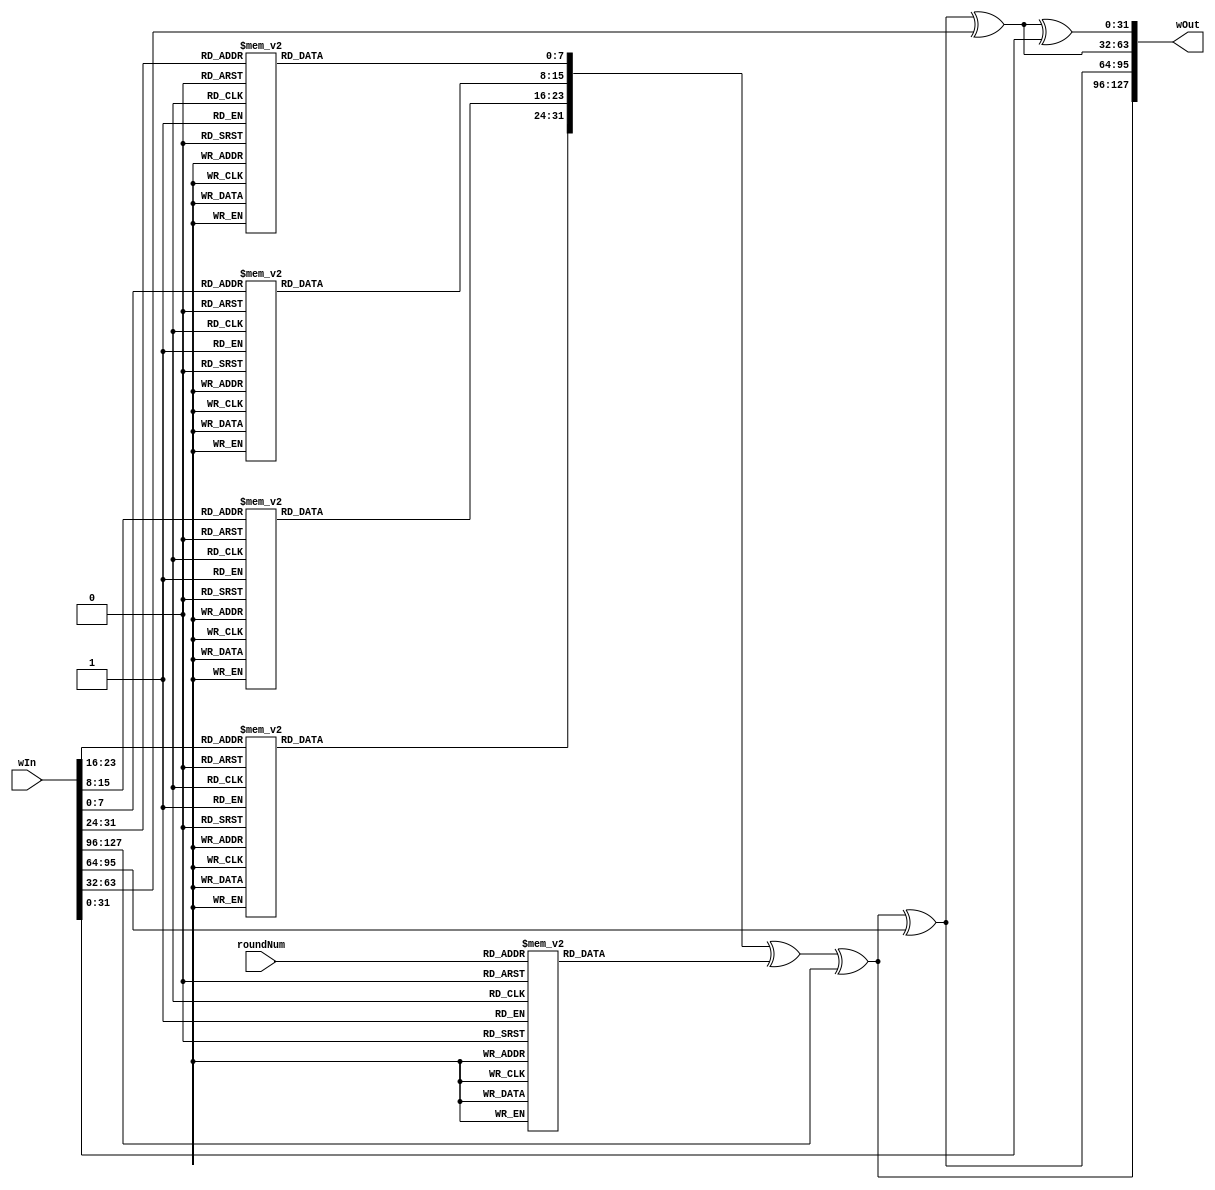
module key_expansion #(parameter Nk=4, parameter Nr = Nk + 6) (input [0: (32 * Nk) - 1] wIn, output [0:(32 * Nk) - 1] wOut , input [0:3] roundNum); 

function [0:7] SBox (input [0:7] In);
begin
    case (In)
        8'h00: SBox = 8'h63;
        8'h01: SBox = 8'h7c;
        8'h02: SBox = 8'h77;
        8'h03: SBox = 8'h7b;
        8'h04: SBox = 8'hf2;
        8'h05: SBox = 8'h6b;
        8'h06: SBox = 8'h6f;
        8'h07: SBox = 8'hc5;
        8'h08: SBox = 8'h30;
        8'h09: SBox = 8'h01;
        8'h0a: SBox = 8'h67;
        8'h0b: SBox = 8'h2b;
        8'h0c: SBox = 8'hfe;
        8'h0d: SBox = 8'hd7;
        8'h0e: SBox = 8'hab;
        8'h0f: SBox = 8'h76;
        8'h10: SBox = 8'hca;
        8'h11: SBox = 8'h82;
        8'h12: SBox = 8'hc9;
        8'h13: SBox = 8'h7d;
        8'h14: SBox = 8'hfa;
        8'h15: SBox = 8'h59;
        8'h16: SBox = 8'h47;
        8'h17: SBox = 8'hf0;
        8'h18: SBox = 8'had;
        8'h19: SBox = 8'hd4;
        8'h1a: SBox = 8'ha2;
        8'h1b: SBox = 8'haf;
        8'h1c: SBox = 8'h9c;
        8'h1d: SBox = 8'ha4;
        8'h1e: SBox = 8'h72;
        8'h1f: SBox = 8'hc0;
        8'h20: SBox = 8'hb7;
        8'h21: SBox = 8'hfd;
        8'h22: SBox = 8'h93;
        8'h23: SBox = 8'h26;
        8'h24: SBox = 8'h36;
        8'h25: SBox = 8'h3f;
        8'h26: SBox = 8'hf7;
        8'h27: SBox = 8'hcc;
        8'h28: SBox = 8'h34;
        8'h29: SBox = 8'ha5;
        8'h2a: SBox = 8'he5;
        8'h2b: SBox = 8'hf1;
        8'h2c: SBox = 8'h71;
        8'h2d: SBox = 8'hd8;
        8'h2e: SBox = 8'h31;
        8'h2f: SBox = 8'h15;
        8'h30: SBox = 8'h04;
        8'h31: SBox = 8'hc7;
        8'h32: SBox = 8'h23;
        8'h33: SBox = 8'hc3;
        8'h34: SBox = 8'h18;
        8'h35: SBox = 8'h96;
        8'h36: SBox = 8'h05;
        8'h37: SBox = 8'h9a;
        8'h38: SBox = 8'h07;
        8'h39: SBox = 8'h12;
        8'h3a: SBox = 8'h80;
        8'h3b: SBox = 8'he2;
        8'h3c: SBox = 8'heb;
        8'h3d: SBox = 8'h27;
        8'h3e: SBox = 8'hb2;
        8'h3f: SBox = 8'h75;
        8'h40: SBox = 8'h09;
        8'h41: SBox = 8'h83;
        8'h42: SBox = 8'h2c;
        8'h43: SBox = 8'h1a;
        8'h44: SBox = 8'h1b;
        8'h45: SBox = 8'h6e;
        8'h46: SBox = 8'h5a;
        8'h47: SBox = 8'ha0;
        8'h48: SBox = 8'h52;
        8'h49: SBox = 8'h3b;
        8'h4a: SBox = 8'hd6;
        8'h4b: SBox = 8'hb3;
        8'h4c: SBox = 8'h29;
        8'h4d: SBox = 8'he3;
        8'h4e: SBox = 8'h2f;
        8'h4f: SBox = 8'h84;
        8'h50: SBox = 8'h53;
        8'h51: SBox = 8'hd1;
        8'h52: SBox = 8'h00;
        8'h53: SBox = 8'hed;
        8'h54: SBox = 8'h20;
        8'h55: SBox = 8'hfc;
        8'h56: SBox = 8'hb1;
        8'h57: SBox = 8'h5b;
        8'h58: SBox = 8'h6a;
        8'h59: SBox = 8'hcb;
        8'h5a: SBox = 8'hbe;
        8'h5b: SBox = 8'h39;
        8'h5c: SBox = 8'h4a;
        8'h5d: SBox = 8'h4c;
        8'h5e: SBox = 8'h58;
        8'h5f: SBox = 8'hcf;
        8'h60: SBox = 8'hd0;
        8'h61: SBox = 8'hef;
        8'h62: SBox = 8'haa;
        8'h63: SBox = 8'hfb;
        8'h64: SBox = 8'h43;
        8'h65: SBox = 8'h4d;
        8'h66: SBox = 8'h33;
        8'h67: SBox = 8'h85;
        8'h68: SBox = 8'h45;
        8'h69: SBox = 8'hf9;
        8'h6a: SBox = 8'h02;
        8'h6b: SBox = 8'h7f;
        8'h6c: SBox = 8'h50;
        8'h6d: SBox = 8'h3c;
        8'h6e: SBox = 8'h9f;
        8'h6f: SBox = 8'ha8;
        8'h70: SBox = 8'h51;
        8'h71: SBox = 8'ha3;
        8'h72: SBox = 8'h40;
        8'h73: SBox = 8'h8f;
        8'h74: SBox = 8'h92;
        8'h75: SBox = 8'h9d;
        8'h76: SBox = 8'h38;
        8'h77: SBox = 8'hf5;
        8'h78: SBox = 8'hbc;
        8'h79: SBox = 8'hb6;
        8'h7a: SBox = 8'hda;
        8'h7b: SBox = 8'h21;
        8'h7c: SBox = 8'h10;
        8'h7d: SBox = 8'hff;
        8'h7e: SBox = 8'hf3;
        8'h7f: SBox = 8'hd2;
        8'h80: SBox = 8'hcd;
        8'h81: SBox = 8'h0c;
        8'h82: SBox = 8'h13;
        8'h83: SBox = 8'hec;
        8'h84: SBox = 8'h5f;
        8'h85: SBox = 8'h97;
        8'h86: SBox = 8'h44;
        8'h87: SBox = 8'h17;
        8'h88: SBox = 8'hc4;
        8'h89: SBox = 8'ha7;
        8'h8a: SBox = 8'h7e;
        8'h8b: SBox = 8'h3d;
        8'h8c: SBox = 8'h64;
        8'h8d: SBox = 8'h5d;
        8'h8e: SBox = 8'h19;
        8'h8f: SBox = 8'h73;
        8'h90: SBox = 8'h60;
        8'h91: SBox = 8'h81;
        8'h92: SBox = 8'h4f;
        8'h93: SBox = 8'hdc;
        8'h94: SBox = 8'h22;
        8'h95: SBox = 8'h2a;
        8'h96: SBox = 8'h90;
        8'h97: SBox = 8'h88;
        8'h98: SBox = 8'h46;
        8'h99: SBox = 8'hee;
        8'h9a: SBox = 8'hb8;
        8'h9b: SBox = 8'h14;
        8'h9c: SBox = 8'hde;
        8'h9d: SBox = 8'h5e;
        8'h9e: SBox = 8'h0b;
        8'h9f: SBox = 8'hdb;
        8'ha0: SBox = 8'he0;
        8'ha1: SBox = 8'h32;
        8'ha2: SBox = 8'h3a;
        8'ha3: SBox = 8'h0a;
        8'ha4: SBox = 8'h49;
        8'ha5: SBox = 8'h06;
        8'ha6: SBox = 8'h24;
        8'ha7: SBox = 8'h5c;
        8'ha8: SBox = 8'hc2;
        8'ha9: SBox = 8'hd3;
        8'haa: SBox = 8'hac;
        8'hab: SBox = 8'h62;
        8'hac: SBox = 8'h91;
        8'had: SBox = 8'h95;
        8'hae: SBox = 8'he4;
        8'haf: SBox = 8'h79;
        8'hb0: SBox = 8'he7;
        8'hb1: SBox = 8'hc8;
        8'hb2: SBox = 8'h37;
        8'hb3: SBox = 8'h6d;
        8'hb4: SBox = 8'h8d;
        8'hb5: SBox = 8'hd5;
        8'hb6: SBox = 8'h4e;
        8'hb7: SBox = 8'ha9;
        8'hb8: SBox = 8'h6c;
        8'hb9: SBox = 8'h56;
        8'hba: SBox = 8'hf4;
        8'hbb: SBox = 8'hea;
        8'hbc: SBox = 8'h65;
        8'hbd: SBox = 8'h7a;
        8'hbe: SBox = 8'hae;
        8'hbf: SBox = 8'h08;
        8'hc0: SBox = 8'hba;
        8'hc1: SBox = 8'h78;
        8'hc2: SBox = 8'h25;
        8'hc3: SBox = 8'h2e;
        8'hc4: SBox = 8'h1c;
        8'hc5: SBox = 8'ha6;
        8'hc6: SBox = 8'hb4;
        8'hc7: SBox = 8'hc6;
        8'hc8: SBox = 8'he8;
        8'hc9: SBox = 8'hdd;
        8'hca: SBox = 8'h74;
        8'hcb: SBox = 8'h1f;
        8'hcc: SBox = 8'h4b;
        8'hcd: SBox = 8'hbd;
        8'hce: SBox = 8'h8b;
        8'hcf: SBox = 8'h8a;
        8'hd0: SBox = 8'h70;
        8'hd1: SBox = 8'h3e;
        8'hd2: SBox = 8'hb5;
        8'hd3: SBox = 8'h66;
        8'hd4: SBox = 8'h48;
        8'hd5: SBox = 8'h03;
        8'hd6: SBox = 8'hf6;
        8'hd7: SBox = 8'h0e;
        8'hd8: SBox = 8'h61;
        8'hd9: SBox = 8'h35;
        8'hda: SBox = 8'h57;
        8'hdb: SBox = 8'hb9;
        8'hdc: SBox = 8'h86;
        8'hdd: SBox = 8'hc1;
        8'hde: SBox = 8'h1d;
        8'hdf: SBox = 8'h9e;
        8'he0: SBox = 8'he1;
        8'he1: SBox = 8'hf8;
        8'he2: SBox = 8'h98;
        8'he3: SBox = 8'h11;
        8'he4: SBox = 8'h69;
        8'he5: SBox = 8'hd9;
        8'he6: SBox = 8'h8e;
        8'he7: SBox = 8'h94;
        8'he8: SBox = 8'h9b;
        8'he9: SBox = 8'h1e;
        8'hea: SBox = 8'h87;
        8'heb: SBox = 8'he9;
        8'hec: SBox = 8'hce;
        8'hed: SBox = 8'h55;
        8'hee: SBox = 8'h28;
        8'hef: SBox = 8'hdf;
        8'hf0: SBox = 8'h8c;
        8'hf1: SBox = 8'ha1;
        8'hf2: SBox = 8'h89;
        8'hf3: SBox = 8'h0d;
        8'hf4: SBox = 8'hbf;
        8'hf5: SBox = 8'he6;
        8'hf6: SBox = 8'h42;
        8'hf7: SBox = 8'h68;
        8'hf8: SBox = 8'h41;
        8'hf9: SBox = 8'h99;
        8'hfa: SBox = 8'h2d;
        8'hfb: SBox = 8'h0f;
        8'hfc: SBox = 8'hb0;
        8'hfd: SBox = 8'h54;
        8'hfe: SBox = 8'hbb;
        8'hff: SBox = 8'h16;
        default:SBox  = 8'h00;
    endcase
end
endfunction




// function rotWord that takes a word and perform cyclic permutation
function [0:31] rotWord(input [0:31] in);
    begin
        rotWord = {in[8:31], in[0:7]};
    end   
endfunction

function [0:31] subWord(input [0:31] in);
    begin
        subWord[0:7] = SBox(in[0:7]);
        subWord[8:15] = SBox(in[8:15]);
        subWord[16:23] = SBox(in[16:23]);
        subWord[24:31] = SBox(in[24:31]);
    end
endfunction


function [0:31] roundConst ( input [0:3] roundNum);
    begin
        case(roundNum)
        1: roundConst = 32'h01000000;
        2: roundConst = 32'h02000000;
        3: roundConst = 32'h04000000;
        4: roundConst = 32'h08000000;
        5: roundConst = 32'h10000000;
        6: roundConst = 32'h20000000;
        7: roundConst = 32'h40000000;
        8: roundConst = 32'h80000000;
        9: roundConst = 32'h1b000000;
        10: roundConst = 32'h36000000;
        default: roundConst = 32'h00000000;
        endcase
    end
endfunction


reg [0:31] temp_wOut;
assign wOut [0:31] = temp_wOut;

always @(*) begin
    if(Nk == 4)
        temp_wOut[0:31] = subWord(rotWord(wIn[96:127])) ^ roundConst(roundNum) ^ wIn[0:31]; 
    else if (Nk == 6)
        temp_wOut[0:31] = subWord(rotWord(wIn[160:191])) ^ roundConst(roundNum) ^ wIn[0:31];
    else if (Nk == 8)
        temp_wOut[0:31] = subWord(rotWord(wIn[160:255])) ^ roundConst(roundNum) ^ wIn[0:31];
end

genvar i;
generate 
for(i = 1; i < Nk; i = i + 1) begin : KE
    if(Nk == 8 && i == 4) 
       assign wOut[i*32 +: 32] = subWord(wOut[(i-1)*32 +: 32]) ^ wIn[i*32 +: 32];
    else
       assign wOut[i*32 +: 32] = wOut[(i-1)*32 +: 32] ^ wIn[i*32 +: 32];
end
endgenerate

endmodule